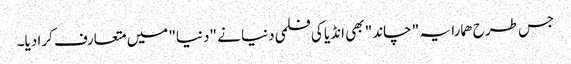
جس طرح ھمارا یہ " چاند" بھی انڈیا کی فلمی دنیا نے "دنیا" میں متعارف کرا دیا۔